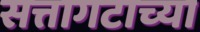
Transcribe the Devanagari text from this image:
सत्तागटाच्या